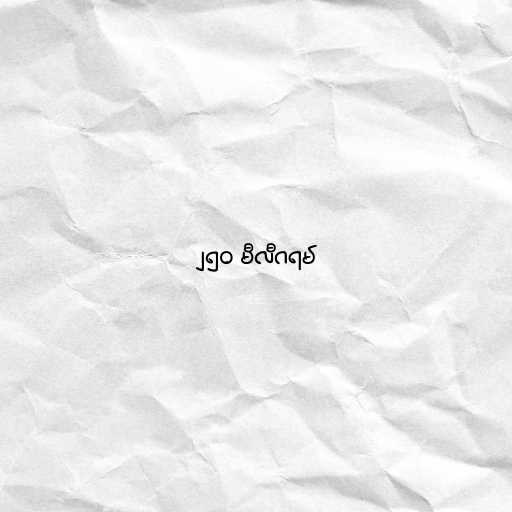
၂၅၀ မီလီဂရမ်